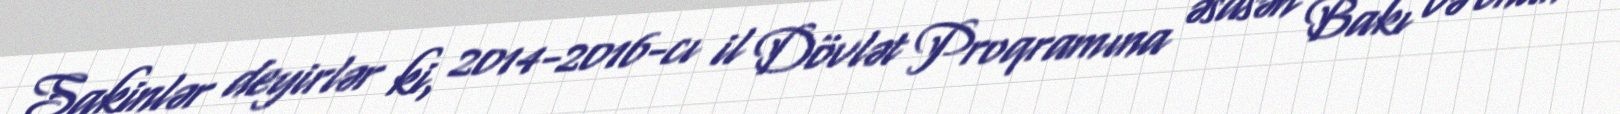
Sakinlər deyirlər ki, 2014-2016-cı il Dövlət Proqramına əsasən Bakı və onun